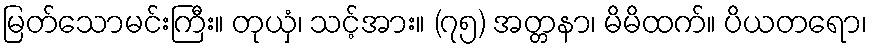
မြတ်သောမင်းကြီး။ တုယှံ၊ သင့်အား။ (၇၅) အတ္တနာ၊ မိမိထက်။ ပိယတရော၊